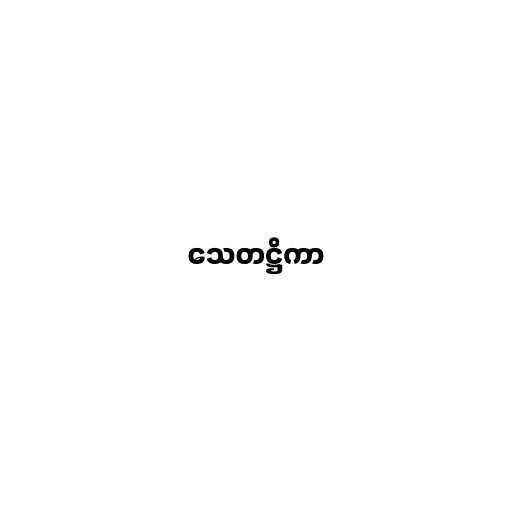
သေတဋ္ဌိကာ